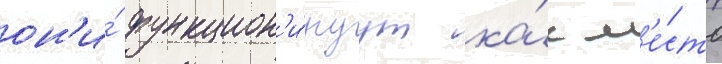
он'и́ функцион'и́руут ка́к м'е́сто